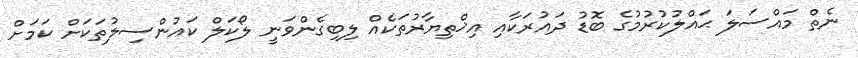
ނެތް މައްސަލަ ޙައްލުކުރުމުގެ ބޮޑު ދައުރަކާއި އިޚްތިޔާރުތަކެއް ލިބިގެންވަނީ ލޯކަލް ކައުންސިލުތަކަށް ކަމަށް